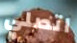
اتصلي